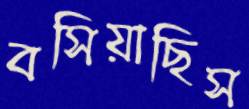
বসিয়াছিস